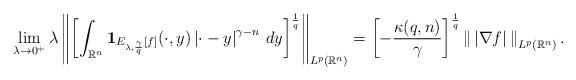
LaTeX: \begin{align*}\lim_{\lambda\to0^+}\lambda\left\|\left[\int_{\mathbb{R}^n}\mathbf{1}_{E_{\lambda,\frac{\gamma}{q}}[f]}(\cdot,y)\left|\cdot-y\right|^{\gamma-n}\,dy\right]^\frac{1}{q}\right\|_{L^p(\mathbb{R}^n)}=\left[-\frac{\kappa(q,n)}{\gamma}\right]^\frac{1}{q}\left\|\,\left|\nabla f\right|\,\right\|_{L^p(\mathbb{R}^n)}.\end{align*}